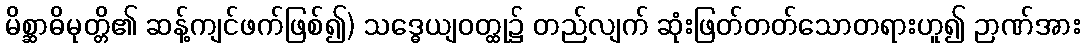
မိစ္ဆာဓိမုတ္တိ၏ ဆန့်ကျင်ဖက်ဖြစ်၍) သဒ္ဓေယျဝတ္ထု၌ တည်လျက် ဆုံးဖြတ်တတ်သောတရားဟူ၍ ဉာဏ်အား